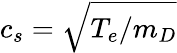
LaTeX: c_{s}=\sqrt{T_{e}/m_{D}}